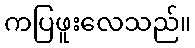
ကပြဖူးလေသည်။